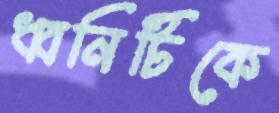
ধ্বনিটিকে